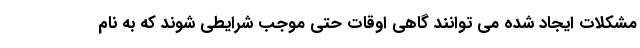
مشکلات ایجاد شده می توانند گاهی اوقات حتی موجب شرایطی شوند که به نام